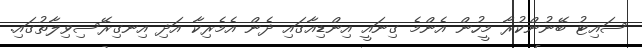
ސައިޓު ބޭނުންކުރާ މީހުން އެންމެ ގިނައީ އިންޑިއާގައި ދެން އެމެރިކާ އަދި އިނގިރޭސިވިލާތުގައި.